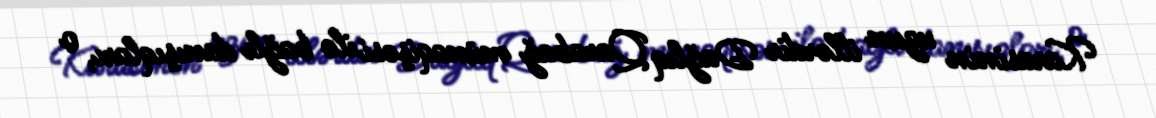
Karasinin uzun illərdir Dağlıq Qarabağ münaqişəsi ilə bağlı danışıqları, o